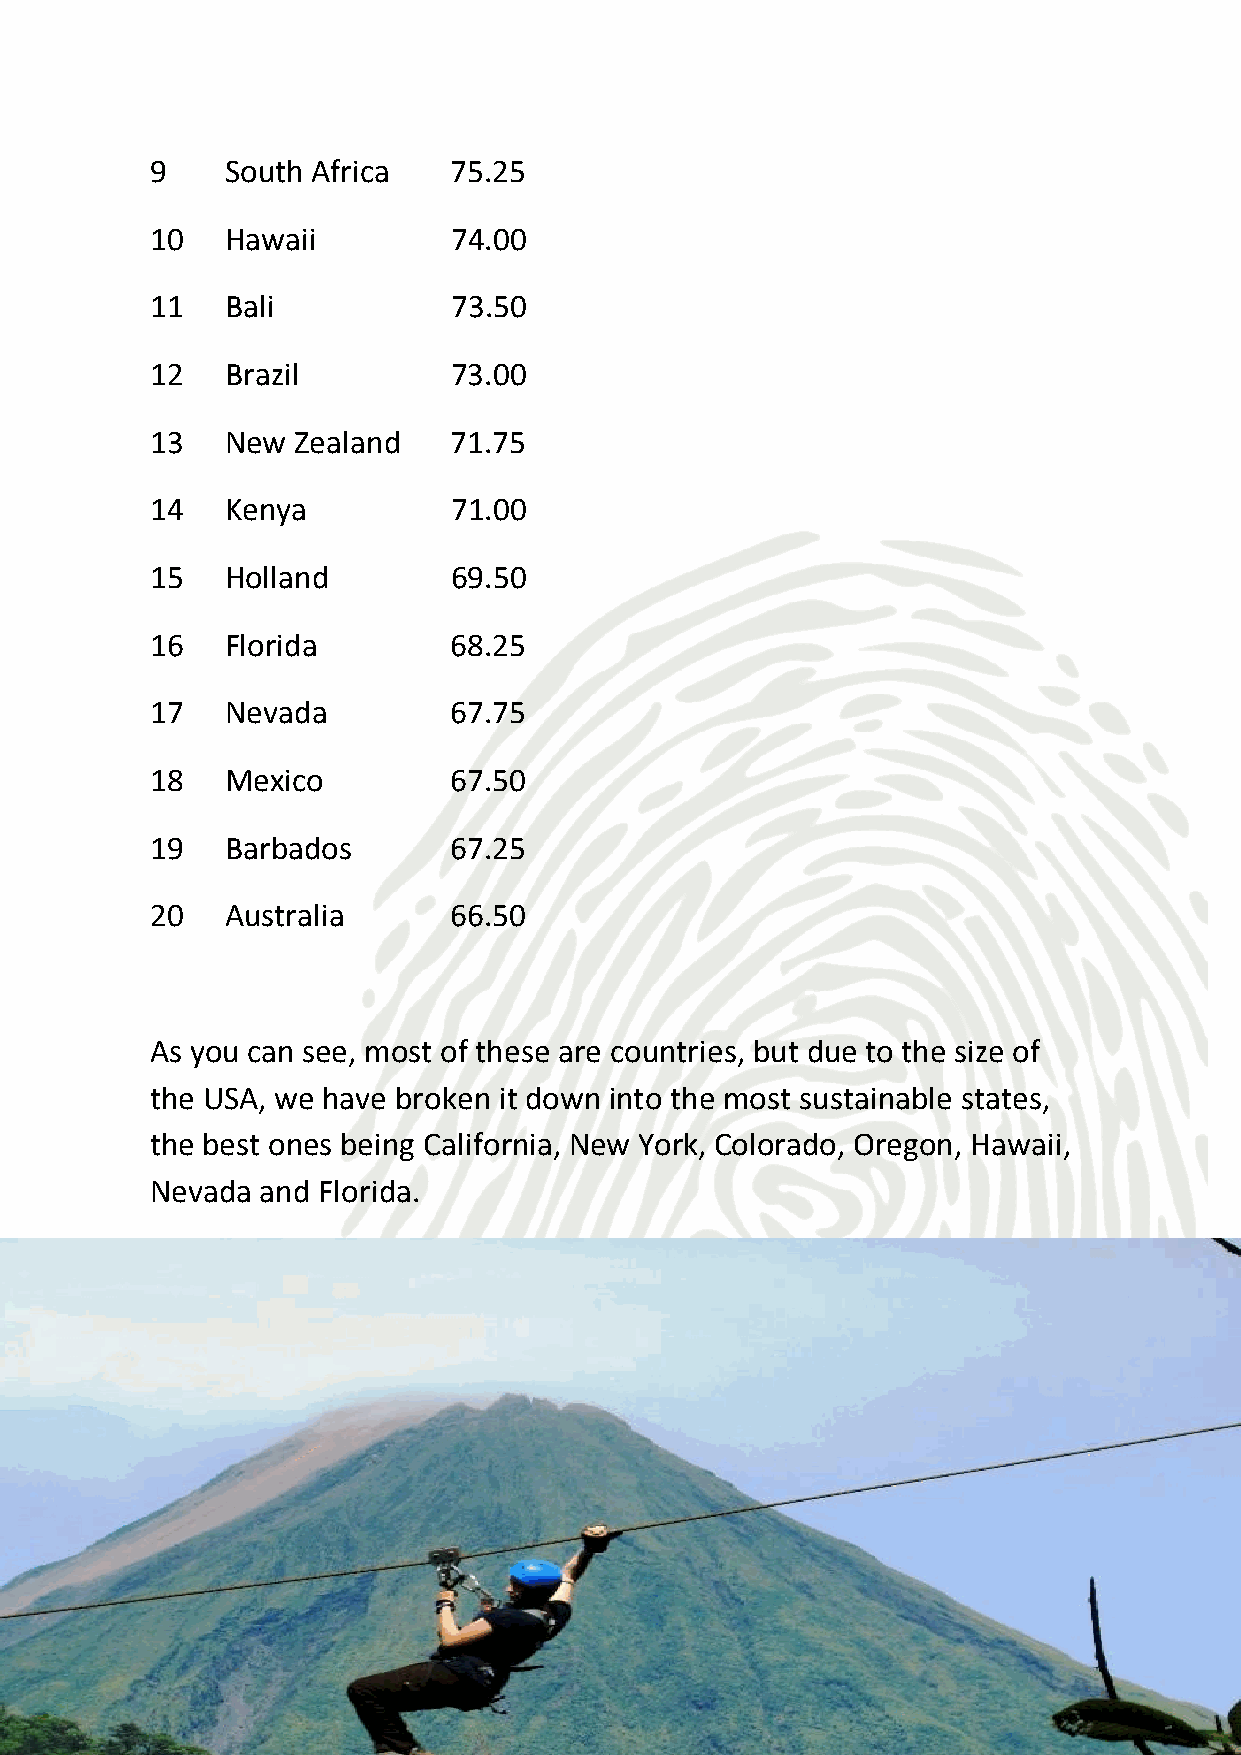
Costa Rica is a worthy winner, with superb hotels committed to
 sustainability, a great range of eco-meeting providers and organic,
 locally-sourced dining options. There are plenty of green activities, as
 well as myriad ways of giving back. However, even Costa Rica is not
 perfect, and it is let down by poor eco-transport options. You can read
 the criteria in the Appendix.
 5